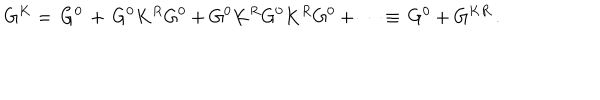
G ^ { K } = \, G ^ { 0 } \, + \, G ^ { 0 } K ^ { R } G ^ { 0 } + G ^ { 0 } K ^ { R } G ^ { 0 } K ^ { R } G ^ { 0 } + \cdots \equiv \, G ^ { 0 } + G ^ { K R } \, .